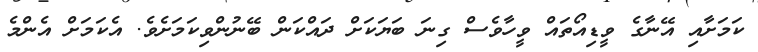
ކަމަށާއި އޭނާގެ ވީޑިއޯތައް ވީހާވެސް ގިނަ ބަޔަކަށް ދައްކަން ބޭނުންވިކަމަށެވެ. އެކަމަށް އެންމެ